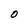
Character: O